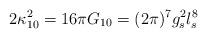
LaTeX: \begin{align*}2\kappa_{10}^2 = 16\pi G_{10} = (2\pi)^7g_s^2 l_s^8\end{align*}